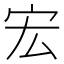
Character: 宏